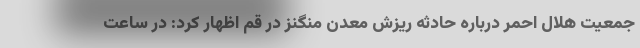
جمعیت هلال احمر درباره حادثه ریزش معدن منگنز در قم اظهار کرد: در ساعت